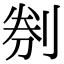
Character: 㓬